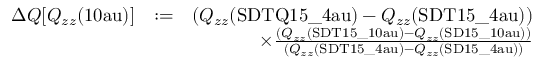
\begin{array} { r l r } { \Delta Q [ Q _ { z z } ( \mathrm { { 1 0 a u } } ) ] } & { : = } & { \left( Q _ { z z } ( { \mathrm { S D T Q 1 5 \_ 4 a u } } ) - Q _ { z z } ( \mathrm { { S D T 1 5 \_ 4 a u } } ) \right) } \\ & { } & { \times \frac { \left( Q _ { z z } ( { \mathrm { S D T 1 5 \_ 1 0 a u } } ) - Q _ { z z } ( \mathrm { { S D 1 5 \_ 1 0 a u } } ) \right) } { \left( Q _ { z z } ( { \mathrm { S D T 1 5 \_ 4 a u } } ) - Q _ { z z } ( \mathrm { { S D 1 5 \_ 4 a u } } ) \right) } } \end{array}